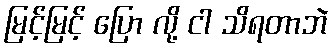
မြင့်မြင့် ပြော လို့ ငါ သိရတာဘဲ